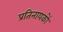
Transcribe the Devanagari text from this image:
प्रतिनायकों